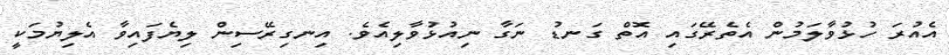
އެއުރަ ހުޅުވާލަމުން އެތެރޭގައި އޮތް ގަނޑު ނަގާ ނިއުޅުވާލިއެވެ. އިނގިރޭސިން ލިޔެފައިވާ އެލިޔުމަކީ